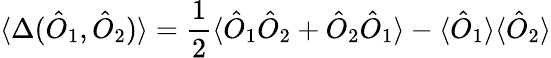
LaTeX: \langle\Delta(\hat{O}_{1},\hat{O}_{2})\rangle=\frac{1}{2}\langle\hat{O}_{1}\hat{O}_{2}+\hat{O}_{2}\hat{O}_{1}\rangle-\langle\hat{O}_{1}\rangle\langle\hat{O}_{2}\rangle